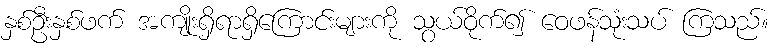
နှစ်ဦးနှစ်ဖက် အကျိုးရှိရာရှိကြောင်းများကို သွယ်ဝိုက်၍ ဝေဖန်သုံးသပ် ကြသည်။